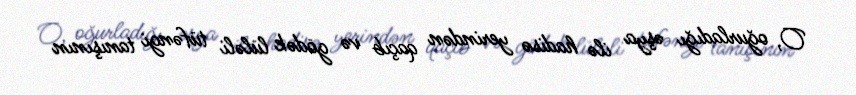
O, oğurladığı əşya ilə hadisə yerindən qaçıb və gödək lüləli tüfəngi tanışının